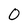
Character: 0